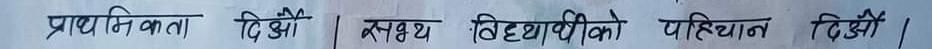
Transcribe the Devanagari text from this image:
प्राथमिकता दिऔं | असह्य विद्यार्थीको पहिचान दिऔं |